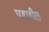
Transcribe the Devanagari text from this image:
घडातील